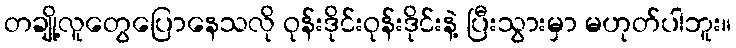
တချို့လူတွေပြောနေသလို ဝုန်းဒိုင်းဝုန်းဒိုင်းနဲ့ ပြီးသွားမှာ မဟုတ်ပါဘူး။